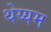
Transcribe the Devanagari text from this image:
थेय्यम